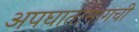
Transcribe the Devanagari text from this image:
अपघातामागची